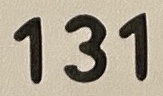
131